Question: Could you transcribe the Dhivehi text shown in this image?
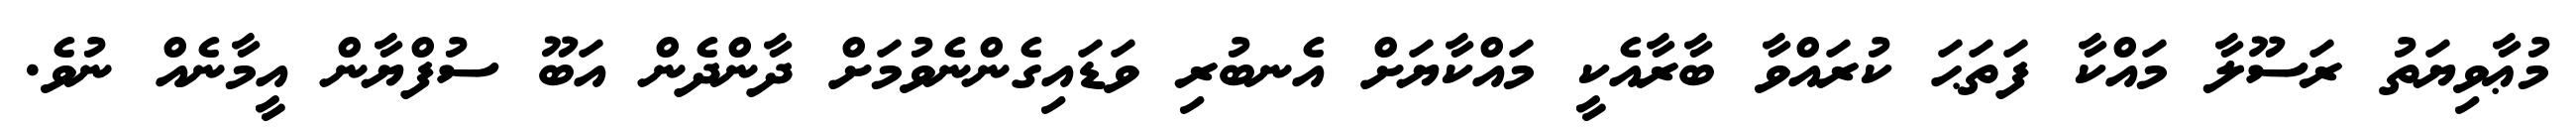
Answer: މުޢާވިޔަތު ރަސޫލާ މައްކާ ފަތަޙަ ކުރައްވާ ބާރާއެކީ މައްކާޔަށް އެނބުރި ވަޑައިގެންނެވުމަށް ދާންދެން އަބޫ ސުފްޔާން އީމާނެއް ނުވެ.